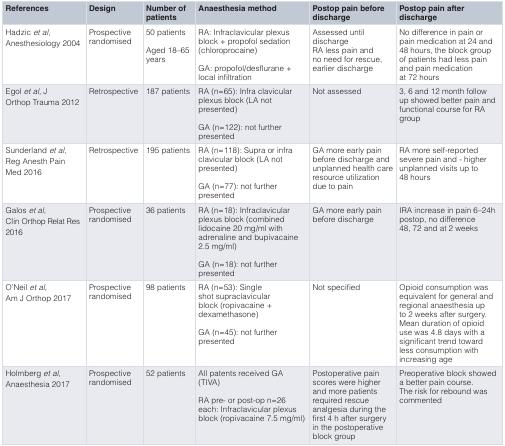
| References | Design | Number ofpatients | Anaesthesia method | Postop pain beforedischarge | Postop pain afterdischarge |
 | --- | --- | --- | --- | --- | --- |
 | Hadzicet al,Anesthesiology 2004 | Prospectiverandomised | 50 patientsAged 18–65years | RA: Infraclavicular plexusblock + propofol sedation(chloroprocaine)GA: propofol/desflurane +local infiltration | Assessed untildischargeRA less pain andno need for rescue,earlier discharge | No difference in pain orpain medication at 24 and48 hours, the block groupof patients had less painand pain medicationat 72 hours |
 | Egolet al., JOrthop Trauma 2012 | Retrospective | 187 patients | RA (n=65): Infra clavicularplexus block (LA notpresented)GA (n=122): not furtherpresented | Not assessed | 3, 6 and 12 month followup showed better pain andfunctional course for RAgroup |
 | Sunderlandet al.,Reg Anesth PainMed 2016 | Retrospective | 195 patients | RA (n=118): Supra or infraclavicular block (LA notpresented)GA (n=77): not furtherpresented | GA more early painbefore discharge andunplanned health careresource utilizationdue to pain | RA more self-reportedsevere pain and - higherunplanned visits up to48 hours |
 | Galoset al.,Clin Orthop Relat Res2016 | Prospectiverandomised | 36 patients | RA (n=18): Infraclavicularplexus block (combinedlidocaine 20 mg/ml withadrenaline and bupivacaine2.5 mg/ml)GA (n=18): not furtherpresented | GA more early painbefore discharge | IRA increase in pain 6–24hpostop, no difference48, 72 and at 2 weeks |
 | O’Neilet al.,Am J Orthop 2017 | Prospectiverandomised | 98 patients | RA (n=53): Singleshot supraclavicularblock (ropivacaine +dexamethasone)GA (n=45): not furtherpresented | Not specified | Opioid consumption wasequivalent for general andregional anaesthesia upto 2 weeks after surgery.Mean duration of opioiduse was 4.8 days with asignificant trend towardless consumption withincreasing age |
 | Holmberget al.,Anaesthesia 2017 | Prospectiverandomised | 52 patients | All patents received GA(TIVA)RA pre- or post-op n=26each: Infraclavicular plexusblock (ropivacaine 7.5 mg/ml) | Postoperative painscores were higherand more patientsrequired rescueanalgesia during thefirst 4 h after surgeryin the postoperativeblock group | Preoperative block showeda better pain course.The risk for rebound wascommented |